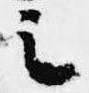
之